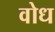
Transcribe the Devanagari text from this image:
वोध